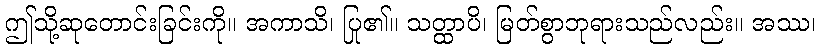
ဤသို့ဆုတောင်းခြင်းကို။ အကာသိ၊ ပြု၏။ သတ္ထာပိ၊ မြတ်စွာဘုရားသည်လည်း။ အဿ၊